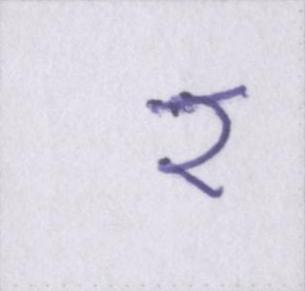
र